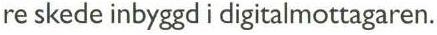
re skede inbyggd i digitalmottagaren.